Cholera in southern India
Disease focus: Cholera
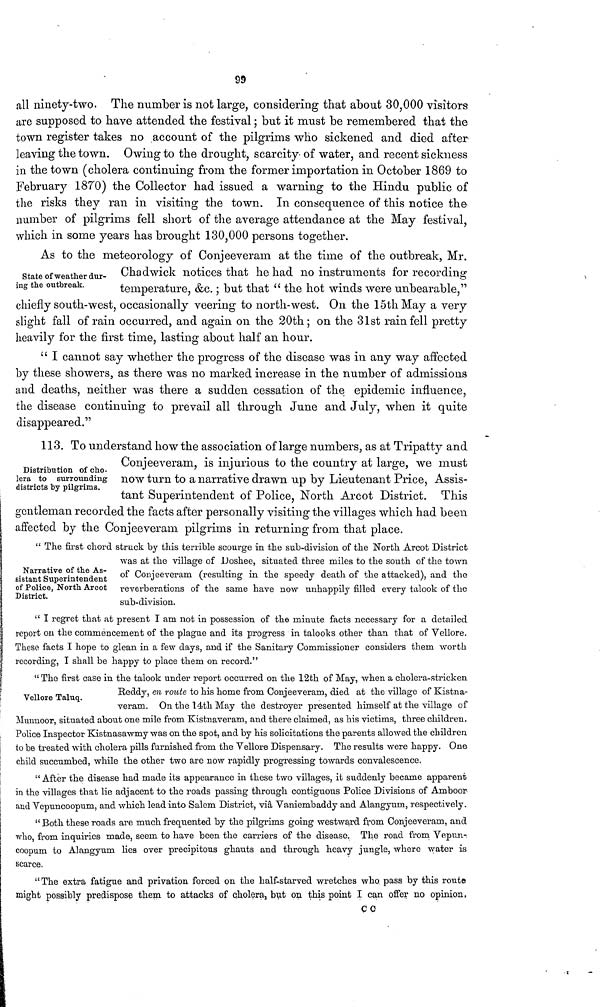
99
all ninety-two. The number is not large, considering that about 30,000 visitors-
are supposed to have attended the festival ; but it must be remembered that the
town register takes no account of the pilgrims who sickened and died after
leaving the town. Owing to the drought, scarcity of water, and recent sickness
in the town (cholera continuing from the former importation in October 1869 to
Februar 1870) the Collector had issued a warning to the Hindu public of
the risks they ran in visiting the town. In consequence of this notice the
number of pilgrims fell short of the average attendance at the May festival,
which in some years has brought 130,000 persons together.
State of weather dur-
ing the outbreak.
As to the meteorology of Conjeeveram at the time of the outbreak, Mr.
Chadwick notices that he had no instruments for recording
temperature, &c. ; but that " the hot winds were unbearable,"
chiefly south-west, occasionally veering to north-west. On the 15th May a very
slight fall of rain occurred, and again on the 20th; on the 31st rain fell pretty
heavily for the first time, lasting about half an hour.
" I cannot say whether the progress of the disease was in any way affected
by these showers, as there was no marked increase in the number of admissions
and deaths, neither was there a sudden cessation, of the epidemic influence,
the disease continuing to prevail all through June and July, when it quite
disappeared."
Distribution of cho-
lera to surrounding
districts by pilgrims.
113. To understand how the association of large numbers, as at Tripatty and
Conjeeveram, is injurious to the country at large, we must
now turn to a narrative drawn up by Lieutenant Price, Assis-
tant Superintendent of Police, North Arcot District. This
gentleman recorded the facts after personally visiting the villages which had been
affected by the Conjeeveram pilgrims in returning from that place.
Narrative of the As-
sistant Superintendent
of Police, North Arcot
District.
" The first chord struck by this terrible scourge in the sub-division of the North Arcot District
was at the village of Doshee, situated three miles to the south of the town
of Conjeeveram (resulting in the speedy death of the attacked), and the
reverberations of the same have now unhappily filled every talook of the
sub-division.
" I regret that at present I am not in possession of the minute facts necessary for a detailed
report on the commencement of the plague and its progress in talooks other than that of Vellore.
These facts I hope to glean in a few days, and if the Sanitary Commissioner considers them worth
recording, I shall be happy to place them on record."
Vellore Taluq.
" The first case in the talook under report occurred on the 12th of May, when a cholera-stricken
Reddy, en route to his home from Conjeeveram, died at the village of Kistna-
veram. On the 14th May the destroyer presented himself at the village of
Munnoor, situated about one mile from Kistnaveram, and there claimed, as his victims, three children.
Police Inspector Kistnasawmy was on the spot, and by his solicitations the parents allowed the children
to be treated with cholera pills furnished from the Vellore Dispensary. The results were happy. One
child succumbed, while the other two are now rapidly progressing towards convalescence.
"After the disease had made its appearance in these two villages, it suddenly became apparent
in the villages that lie adjacent to the roads passing through contiguous Police Divisions of Amboor
and Vepuncoopum, and which lead into Salem District, via Vaniembaddy and Alangyum, respectively.
" Both these roads are much frequented by the pilgrims going westward from Conjeeveram, and
who, from inquiries made, seem to have been the carriers of the disease. The road from Vepun-.
coopum to Alangyum lies over precipitous ghauts and through heavy jungle, where water is
scarce.
"The extra fatigue and privation forced on the half-starved wretches who pass by this route
might possibly predispose them to attacks of cholera but on this point I can offer no opinion,
CC